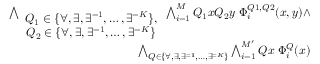
\begin{array} { r } { \bigwedge _ { \begin{array} { c } { Q _ { 1 } \in \{ \forall , \exists , \exists ^ { = 1 } , \dots , \exists ^ { = K } \} , } \\ { Q _ { 2 } \in \{ \forall , \exists , \exists ^ { = 1 } , \dots , \exists ^ { = K } \} } \end{array} } \bigwedge _ { i = 1 } ^ { M } Q _ { 1 } x Q _ { 2 } y \; \Phi _ { i } ^ { Q 1 , Q 2 } ( x , y ) \wedge } \\ { \bigwedge _ { Q \in \{ \forall , \exists , \exists ^ { = 1 } , \dots , \exists ^ { = K } \} } \bigwedge _ { i = 1 } ^ { M ^ { \prime } } Q x \; \Phi _ { i } ^ { Q } ( x ) } \end{array}